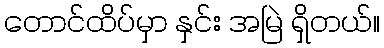
တောင်ထိပ်မှာ နှင်း အမြဲ ရှိတယ်။